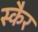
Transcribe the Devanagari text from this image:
स्कैर